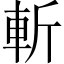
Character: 斬